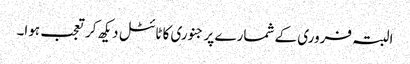
البتہ فروری کے شمارے پر جنوری کا ٹائٹل دیکھ کر تعجب ہوا۔